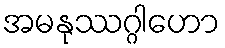
အမနုဿဂ္ဂါဟော